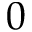
0